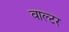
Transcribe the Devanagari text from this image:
वाल्‍टर